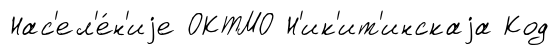
Нас'ел'е́н'иjе ОКТМО Н'ик'ит'инскаjа Код